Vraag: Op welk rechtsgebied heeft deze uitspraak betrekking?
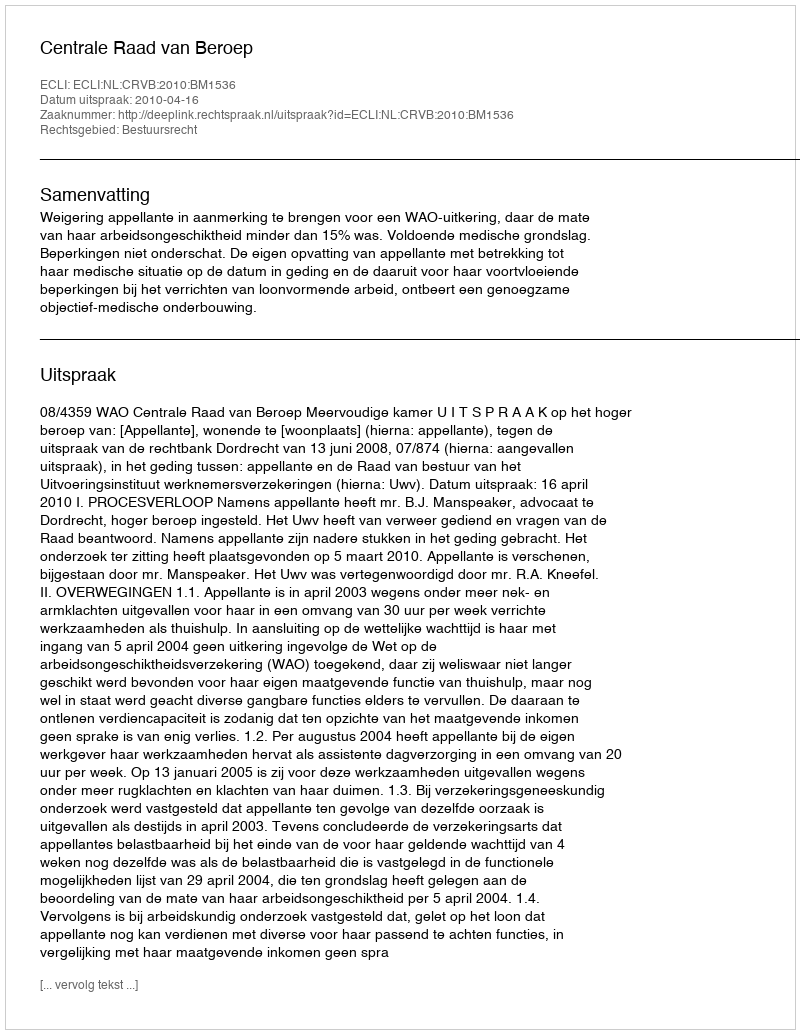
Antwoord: Bestuursrecht